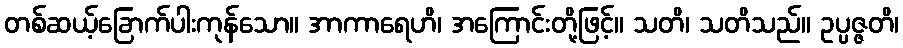
တစ်ဆယ့်ခြောက်ပါးကုန်သော။ အာကာရေဟိ၊ အကြောင်းတို့ဖြင့်။ သတိ၊ သတိသည်။ ဥပ္ပဇ္ဇတိ၊